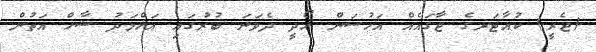
(ޖެރީ) ކުއާޓަރގެ ޖާގައެއް އަހުސަން ހޯދީ ދެވަނަ ބުރުގައި އަހްމަދު ޝާހް އަތުން